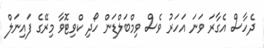
ދެހާސް އެގާރަ ވަނަ އަހަރު ވެސް ވިމްބަލްޑަން ހޯދި ކްވިޓޮވާ މިރޭގެ ފައިނަލް